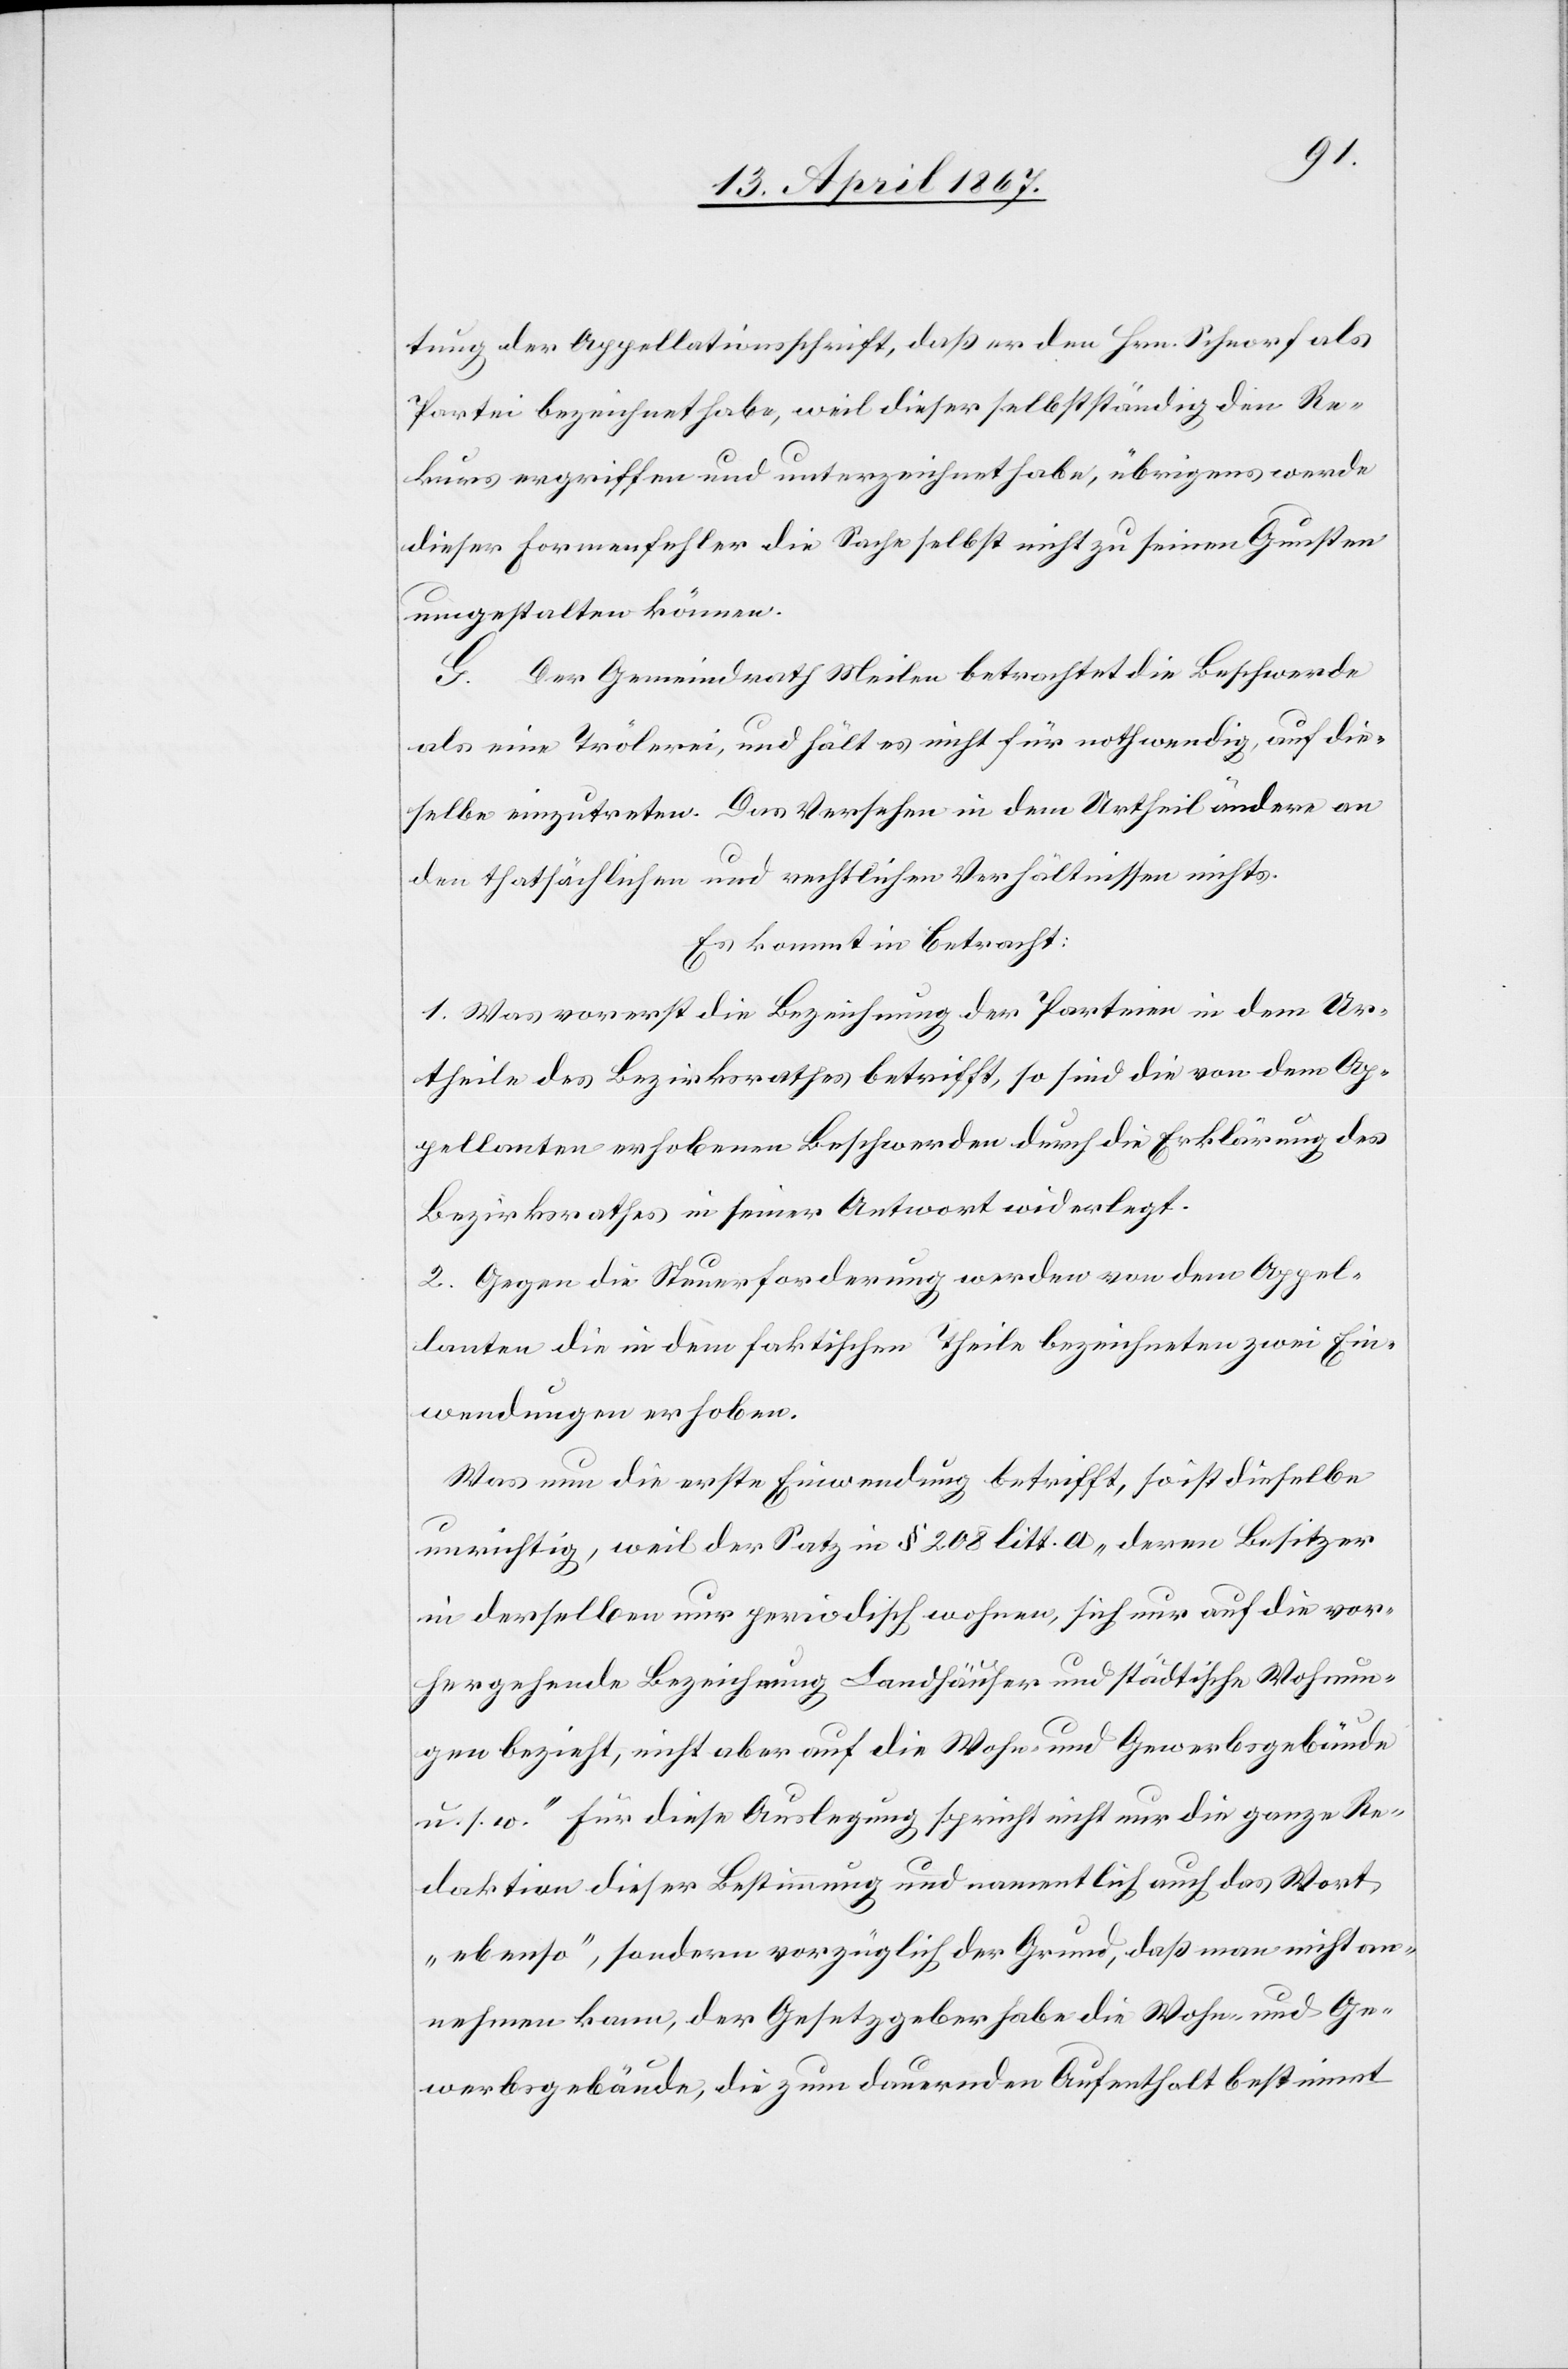
tung der Appellationsschrift, daß er den Hrn. Schnorf als
Partei bezeichnet habe, weil dieser selbstständig den Re¬
kurs ergriffen und unterzeichnet habe, übrigens werde
dieser Formfehler die Sache selbst nicht zu seinen Gunsten
umgestalten können.
G. Der Gemeinderath Meilen betrachtet die Beschwerde
als eine Trölerei, und hält es nicht für nothwendig, auf die¬
selbe einzutreten. Das Vorsehen in dem Urtheil ändere an
den thatsächlichen und rechtlichen Verhältnissen nichts.
Es kommt in Betracht:
1. Was vorerst die Bezeichnung der Parteien in dem Ur¬
theile des Bezirksrathes betrifft, so sind die von dem Ap¬
pellanten erhobenen Beschwerden durch die Erklärung des
Bezirksrathes in seiner Antwort widerlegt.
2. Gegen die Steuerforderung werden von dem Appel¬
lanten die in dem faktischen Theile bezeichneten zwei Ein¬
wendungen erhoben.
Was nun die erste Einwendung betrifft, so ist dieselbe
unrichtig, weil der Satz in § 208 litt. a, „deren Besitzer
in derselben nur periodisch wohne, sich nur auf die vor¬
hergehende Bezeichnung Landhäuser und städtische Wohnun¬
gen bezieht, nicht aber auf die Wohn- und Gewerbsgebäude
u. s. w.“ für diese Auslegung spricht nicht nur die ganze Re¬
daktion dieser Bestimmung und namentlich auch das Wort
„ebenso“, sondern vorzüglich der Grund, daß man nicht an¬
nehmen kann, der Gesetzgeber habe die Wohn- und Ge¬
werbsgebäude, die zum dauernden Aufenthalt bestimmt